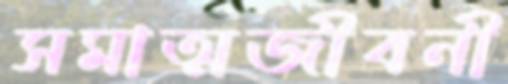
সমাত্মজীবনী